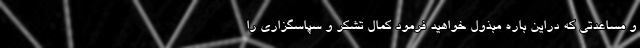
و مساعدتی که دراین باره مبذول خواهید فرمود کمال تشکر و سپاسگزاری را